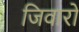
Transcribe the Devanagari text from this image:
जिवारो